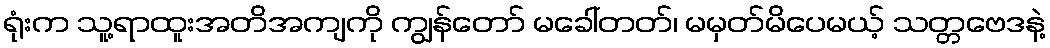
ရုံးက သူ့ရာထူးအတိအကျကို ကျွန်တော် မခေါ်တတ်၊ မမှတ်မိပေမယ့် သတ္တဗေဒနဲ့